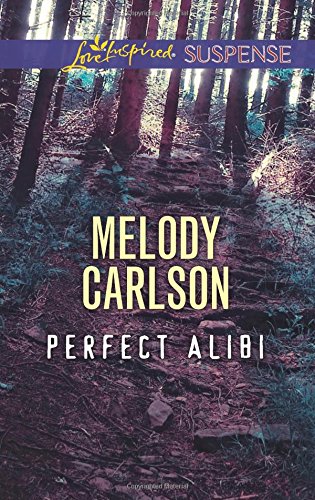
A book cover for Perfect Alibi (Love Inspired Suspense); Melody Carlson; Romance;